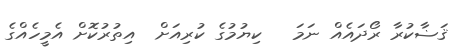
ޤަޟާކުރާ ރޯދައެއް ނަމަ   ކިޔުމުގެ ކުރިއަށް  އިތުރުކޮށް އެމީހެއްގެ